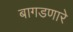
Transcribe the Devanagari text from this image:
बागडणारे